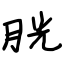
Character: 胱